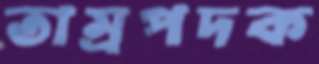
তাম্রপদক